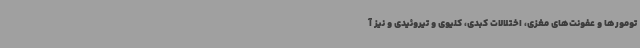
تومورها و عفونت‌های مغزی، اختلالات کبدی، کلیوی و تیروئیدی و نیز آ